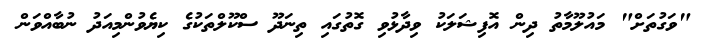
"ވަގުތަށް" މައުލޫމާތު ދިން އޮފިޝަލަކު ވިދާޅުވި ގޮތުގައި ތިނަދޫ ސްކޫލްތަކުގެ ކިޔެވުންމިއަދު ނުބާއްވަން